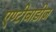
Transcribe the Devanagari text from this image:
एण्टीबाडीज